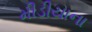
મીડીયાના